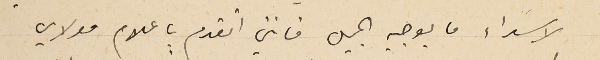
لاسَداء ما يوجبه الجميل فانني اتقدم باعلام مولاي